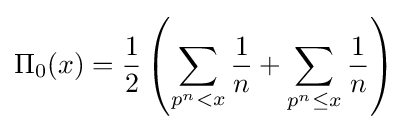
\Pi _{0}(x)={\frac {1}{2}}\left(\sum _{p^{n}<x}{\frac {1}{n}}+\sum _{p^{n}\leq x}{\frac {1}{n}}\right)\